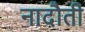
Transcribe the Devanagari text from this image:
नादौती